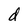
Character: d